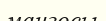
мангосы